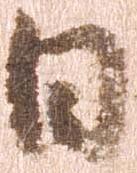
日